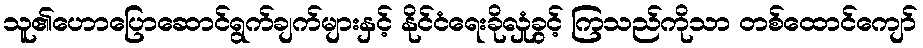
သူ၏ဟောပြောဆောင်ရွက်ချက်များနှင့် နိုင်ငံရေးခိုလှုံခွင့် ကြသည်ကိုသာ တစ်ထောင်ကျော်